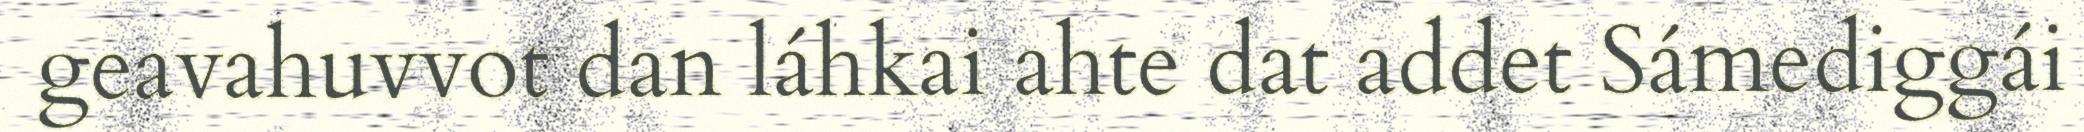
geavahuvvot dan láhkai ahte dat addet Sámediggái